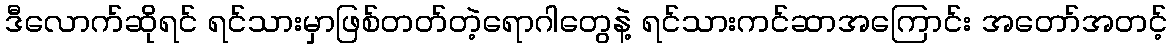
ဒီလောက်ဆိုရင် ရင်သားမှာဖြစ်တတ်တဲ့ရောဂါတွေနဲ့ ရင်သားကင်ဆာအကြောင်း အတော်အတင့်